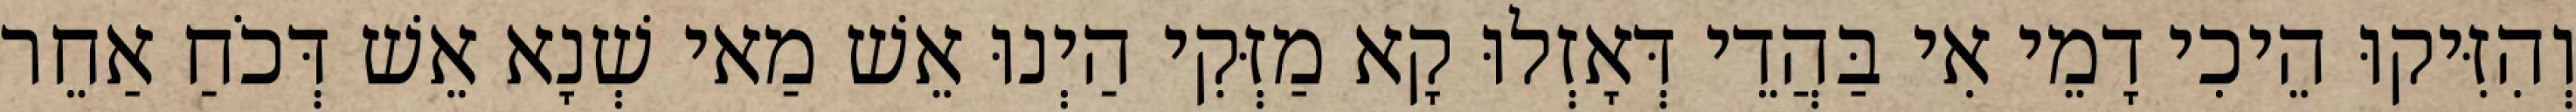
וְהִזִּיקוּ הֵיכִי דָמֵי אִי בַּהֲדֵי דְּאָזְלוּ קָא מַזְּקִי הַיְנוּ אֵשׁ מַאי שְׁנָא אֵשׁ דְּכֹחַ אַחֵר